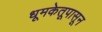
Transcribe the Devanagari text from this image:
धूमकेतूपासून